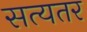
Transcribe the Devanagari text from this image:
सत्यतर